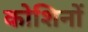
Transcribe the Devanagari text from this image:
कोशिनों